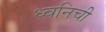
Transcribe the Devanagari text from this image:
ध्वनिची